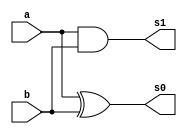
//---------------------------------------
//Nome: Rafael Guimaraes de Sousa
//Matrcula: 451607
//---------------------------------------
module halfAdder(output s0,output s1,
					input a,input b);
	xor xor1(s0,a,b);
	and and1(s1,a,b);
endmodule //halfadder

module fullAdder(output s,output carryOut,
input a,input b,input carryIn);
	wire w0,w1,w2;
	halfAdder hf1(w0,w1,a,b);
	halfAdder hf2(s,w2,w0,carryIn);
	or or1(carryOut,w2,w1);
endmodule //fullAdder

module fullAdder4bits(output [3:0]s,
		input [3:0]a, input[3:0]b, input carryIn);
	wire [3:0]carryOut;
	fullAdder fa1(s[0],carryOut[0],a[0],b[0],carryIn);
	fullAdder fa2(s[1],carryOut[1],a[1],b[1],carryOut[0]);
	fullAdder fa3(s[2],carryOut[2],a[2],b[2],carryOut[1]);
	fullAdder fa4(s[3],carryOut[3],a[3],b[3],carryOut[2]);
endmodule //fullAdder4bits